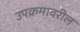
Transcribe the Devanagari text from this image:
उपक्रमावरील